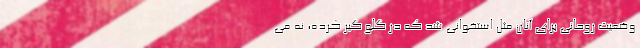
وضعیت روحانی برای آنان مثل استخوانی شد که در گلو گیر کرده، نه می‌